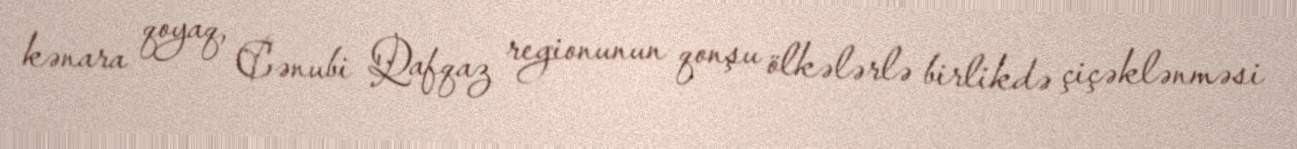
kənara qoyaq, Cənubi Qafqaz regionunun qonşu ölkələrlə birlikdə çiçəklənməsi